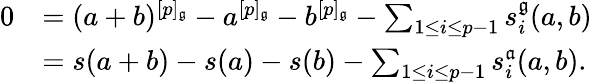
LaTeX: \begin{array}{rl}{0}&{=(a+b)^{[p]_{\mathfrak{g}}}-a^{[p]_{\mathfrak{g}}}-b^{[p]_{\mathfrak{g}}}-\sum_{1\leq i\leq p-1}s_{i}^{\mathfrak{g}}(a,b)}\\ &{=s(a+b)-s(a)-s(b)-\sum_{1\leq i\leq p-1}s_{i}^{\mathfrak{a}}(a,b).}\end{array}